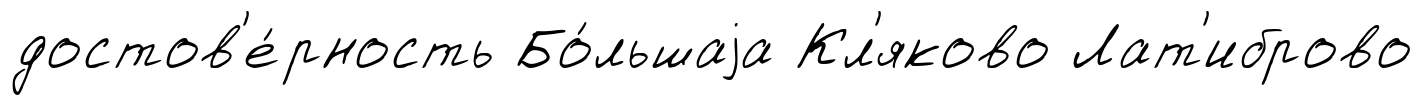
достов'е́рность Бо́льшаjа Кл'яково Лат'иброво